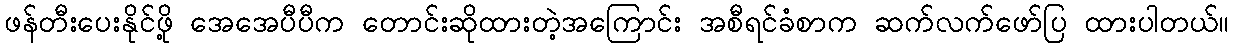
ဖန်တီးပေးနိုင်ဖို့ အေအေပီပီက တောင်းဆိုထားတဲ့အကြောင်း အစီရင်ခံစာက ဆက်လက်ဖော်ပြ ထားပါတယ်။